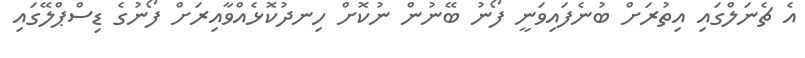
އެ ޗެނަލްގައި އިތުރަށް ބުނެފައިވަނީ ފޯނު ބޭނުން ނުކޮށް ހިނދުކޮޅެއްވާއިރަށް ފޯނުގެ ޑިސްޕްލޭގައި